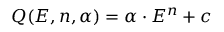
Q ( E , n , \alpha ) = \alpha \cdot E ^ { n } + c